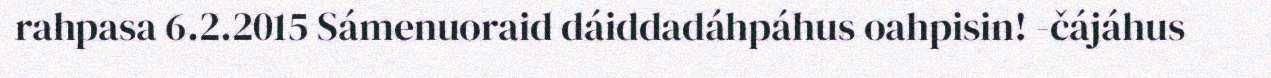
rahpasa 6.2.2015 Sámenuoraid dáiddadáhpáhus oahpisin! -čájáhus